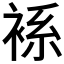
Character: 𧚃